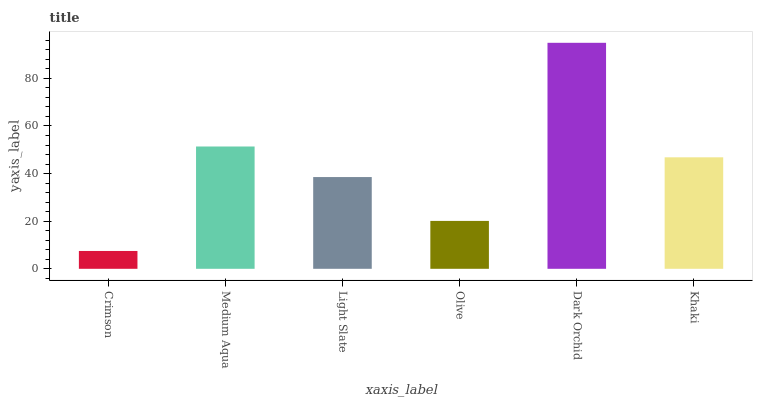
| xaxis_label | bars |
 | --- | --- |
 | Crimson | 7.49 |
 | Medium Aqua | 51.4 |
 | Light Slate | 38.5 |
 | Olive | 20.1 |
 | Dark Orchid | 94.9 |
 | Khaki | 46.8 |